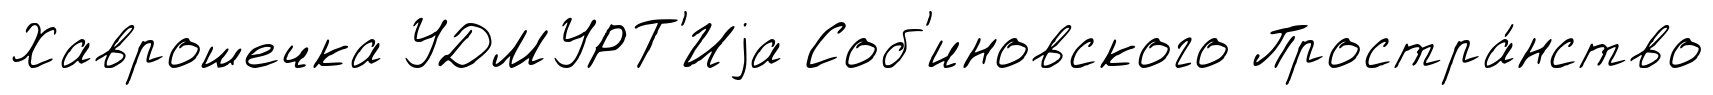
Хаврошечка УДМУРТ'Иjа Соб'иновского Простра́нство